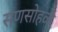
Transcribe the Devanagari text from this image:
सणसोहळे